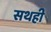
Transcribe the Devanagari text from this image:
सथही